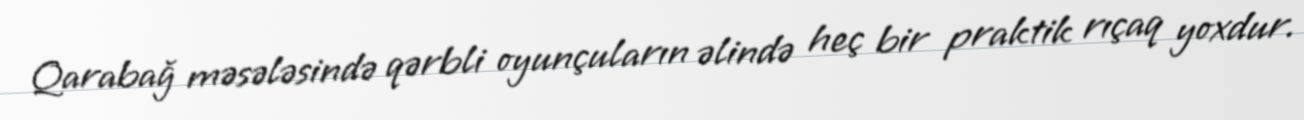
Qarabağ məsələsində qərbli oyunçuların əlində heç bir praktik rıçaq yoxdur.